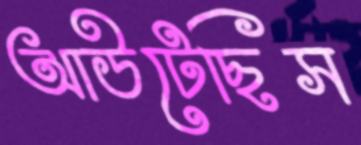
আউটেছিস